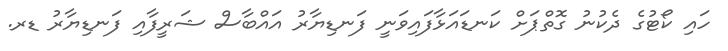
ހައި ކޯޓުގެ ދެކުނު ގޮތްޕަށް ކަނޑައަޅާފައިވަނީ ފަނޑިޔާރު އައްބާސް ޝަރީފާއި ފަނޑިޔާރު ޑރ.